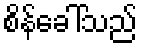
စိန်ခေါ်သည်